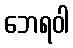
ဘေရဝါ